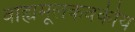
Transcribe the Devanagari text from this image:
वाह्यमूलकवकीय